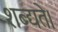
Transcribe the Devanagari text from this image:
शब्द्यते।